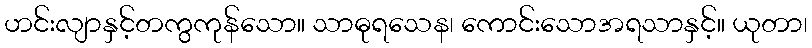
ဟင်းလျာနှင့်တကွကုန်သော။ သာဓုရသေန၊ ကောင်းသောအရသာနှင့်။ ယုတာ၊